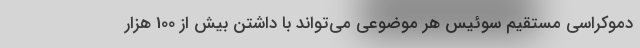
دموکراسی مستقیم سوئیس هر موضوعی می‌تواند با داشتن بیش از 100 هزار